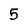
Character: 5